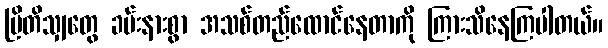
ဗြိတိသျှတွေ ခမ်းနားစွာ အသစ်တည်ထောင်နေတာကို ကြားသိနေကြပါတယ်။